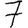
Digit: 7